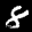
Label: 8